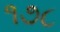
૧૭૮